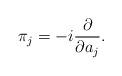
LaTeX: \begin{align*}\pi_j = -i {\partial\over\partial a_j}.\end{align*}